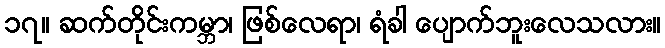
၁၇။ ဆက်တိုင်းကမ္ဘာ၊ ဖြစ်လေရာ၊ ရံခါ ပျောက်ဘူးလေသလား။